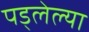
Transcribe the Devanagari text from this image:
पड्लेल्या